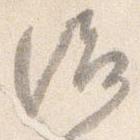
治